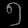
Digit: ၅